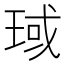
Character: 琙